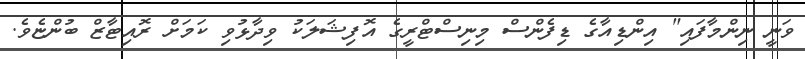
ވަނީ ނިންމާފައި" އިންޑިއާގެ ޑިފެންސް މިނިސްޓްރީގެ އޮފިޝަލަކު ވިދާޅުވި ކަމަށް ރޮއިޓާޒް ބުންޏެވެ.